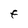
Character: F